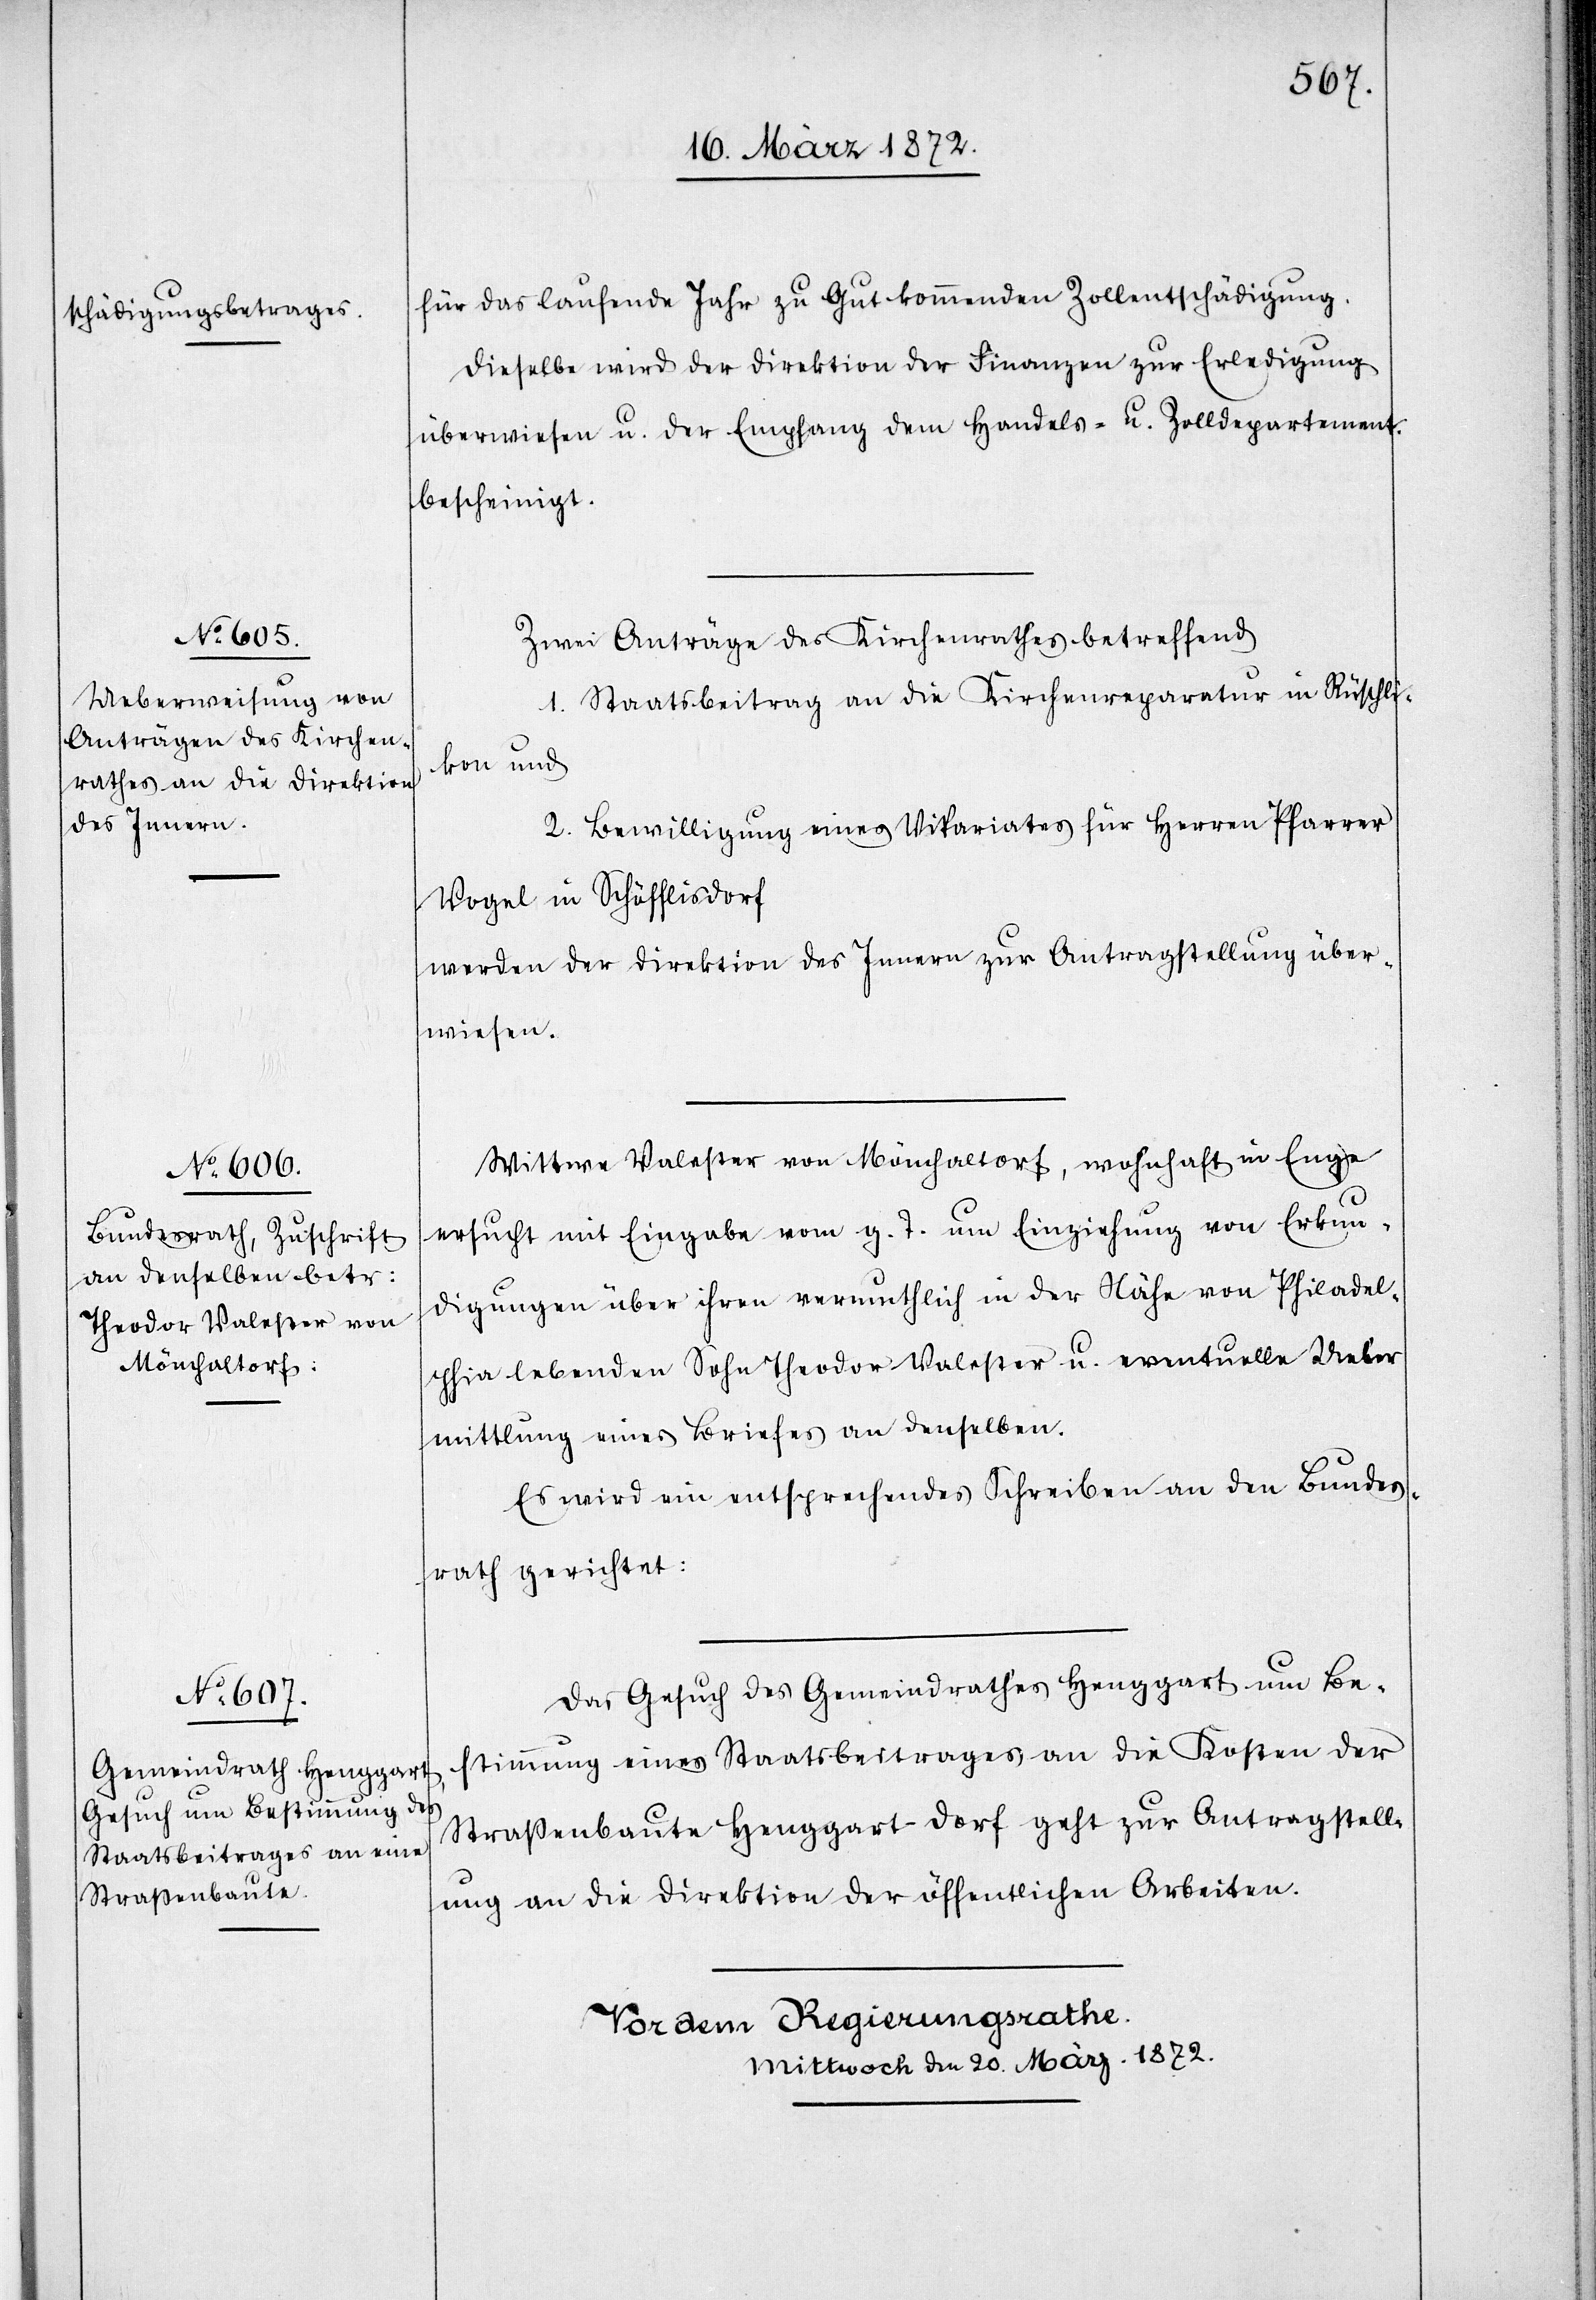
für das laufende Jahr zu Gut kommenden Zollentschädigung.
Dieselbe wird der Direktion der Finanzen zur Erledigung
überwiesen u. der Empfang dem Handels- u. Zolldepartement
bescheinigt.
Zwei Anträge des Kirchenrathes betreffend
1. Staatsbeitrag an die Kirchenreparatur in Rüschli¬
kon und
2. Bewilligung eines Vikariates für Herren Pfarrer
Vogel in Schöfflisdorf.
werden der Direktion des Innern zur Antragstellung über¬
wiesen.
Wittwe Valester von Möchaltorf, wohnhaft in Enge
ersucht mit Eingabe vom g. T. um Einziehung von Erkun¬
digungen über ihren vermuthlich in der Nähe von Philadel¬
phia lebenden Sohn Theodor Valester u. eventuelle Ueber¬
mittlung eines Briefes an denselben.
Es wird ein entsprechendes Schreiben an den Bundes¬
rath gerichtet:
Das Gesuch des Gemeindrathes Henggart um Be¬
stimmung eines Staatsbeitrages an die Kosten der
Straßenbaute Henggart–Dorf geht zur Antragstell¬
ung an die Direktion der öffentlichen Arbeiten.